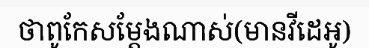
ថាពូកែសម្តែងណាស់(មានវីដេអូ)